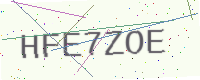
Text: HFE7ZOE